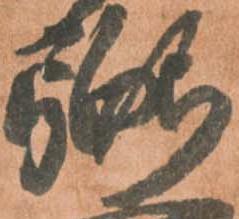
弼